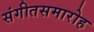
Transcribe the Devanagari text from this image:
संगीतसमारोह